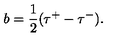
b = \frac 1 2 ( \tau ^ { + } - \tau ^ { - } ) .